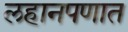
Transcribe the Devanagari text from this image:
लहानपणात